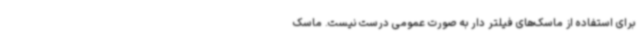
برای استفاده از ماسک‌های فیلتر دار به صورت عمومی درست نیست. ماسک